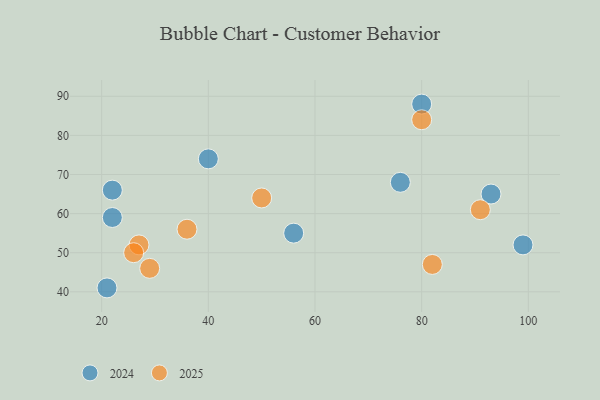
{"axis": {"x": "GDP", "y": "Life Expectancy"}, "legend": ["2024", "2025"], "data": [{"x": "80", "y": 88, "type": "2024"}, {"x": "93", "y": 65, "type": "2024"}, {"x": "22", "y": 66, "type": "2024"}, {"x": "56", "y": 55, "type": "2024"}, {"x": "21", "y": 41, "type": "2024"}, {"x": "76", "y": 68, "type": "2024"}, {"x": "40", "y": 74, "type": "2024"}, {"x": "22", "y": 59, "type": "2024"}, {"x": "99", "y": 52, "type": "2024"}, {"x": "27", "y": 52, "type": "2025"}, {"x": "82", "y": 47, "type": "2025"}, {"x": "80", "y": 84, "type": "2025"}, {"x": "26", "y": 50, "type": "2025"}, {"x": "91", "y": 61, "type": "2025"}, {"x": "36", "y": 56, "type": "2025"}, {"x": "29", "y": 46, "type": "2025"}, {"x": "50", "y": 64, "type": "2025"}]}